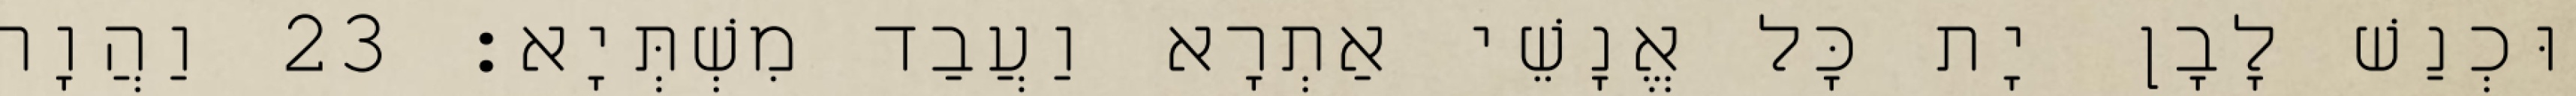
וּכְנַשׁ לָבָן יָת כָּל אֱנָשֵׁי אַתְרָא וַעֲבַד מִשְׁתְּיָא׃ 23 וַהֲוָה